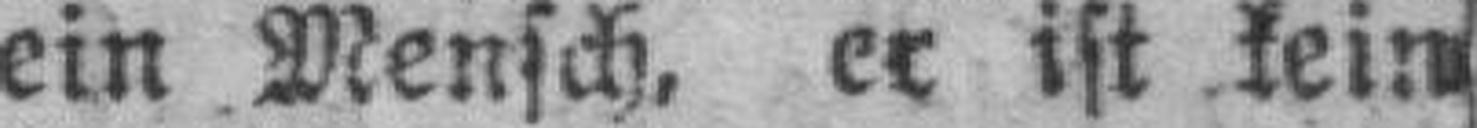
ein Mensch, er ist kein